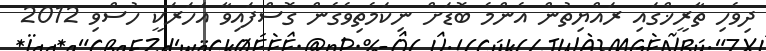
ދިވެހި ތާރީޚްގައި ރައްޔިތުން އެންމެ ބޮޑަށް ނިކަމެތިވެގެން ގޮސްފައިވާ އަހަރަކީ ހުސްވި 2012